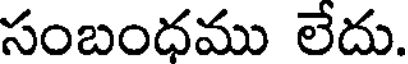
సంబంధము లేదు.